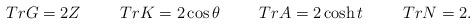
LaTeX: \begin{align*}TrG = 2Z \hspace*{1cm} TrK = 2\cos{\theta} \hspace*{1cm} TrA =2\cosh{t} \hspace*{1cm} TrN = 2 .\end{align*}